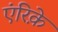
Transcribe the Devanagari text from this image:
एंरिक़े